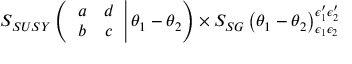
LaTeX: S _ { S U S Y } \left( \left. \begin{array} { c c } { { a } } & { { d } } \\ { { b } } & { { c } } \end{array} \right| \theta _ { 1 } - \theta _ { 2 } \right) \times S _ { S G } \left( \theta _ { 1 } - \theta _ { 2 } \right) _ { \epsilon _ { 1 } \epsilon _ { 2 } } ^ { \epsilon _ { 1 } ^ { \prime } \epsilon _ { 2 } ^ { \prime } }